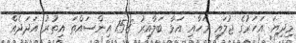
މިދިޔަ އަހަރުގެ ޖުލައި މަހާއި އަޅާ ބަލާއިރު 15.8 އިންސައްތަ އިތުރު އަދަދެއް